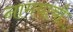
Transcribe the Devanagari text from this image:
नामयाची